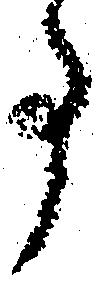
事